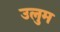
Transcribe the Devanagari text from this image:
उलुम